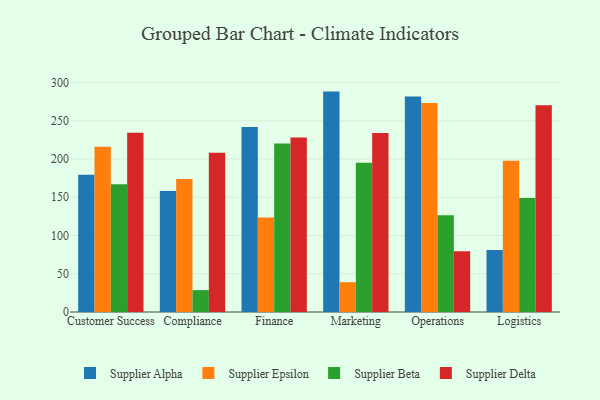
{"axis": {"x": "Department", "y": "Latency (ms)"}, "legend": ["Supplier Alpha", "Supplier Beta", "Supplier Delta", "Supplier Epsilon"], "data": [{"x": "Customer Success", "y": 179.5, "type": "Supplier Alpha"}, {"x": "Customer Success", "y": 216.2, "type": "Supplier Epsilon"}, {"x": "Customer Success", "y": 167.1, "type": "Supplier Beta"}, {"x": "Customer Success", "y": 234.3, "type": "Supplier Delta"}, {"x": "Compliance", "y": 158.3, "type": "Supplier Alpha"}, {"x": "Compliance", "y": 174.0, "type": "Supplier Epsilon"}, {"x": "Compliance", "y": 28.6, "type": "Supplier Beta"}, {"x": "Compliance", "y": 208.1, "type": "Supplier Delta"}, {"x": "Finance", "y": 241.9, "type": "Supplier Alpha"}, {"x": "Finance", "y": 123.5, "type": "Supplier Epsilon"}, {"x": "Finance", "y": 220.4, "type": "Supplier Beta"}, {"x": "Finance", "y": 228.2, "type": "Supplier Delta"}, {"x": "Marketing", "y": 288.2, "type": "Supplier Alpha"}, {"x": "Marketing", "y": 39.0, "type": "Supplier Epsilon"}, {"x": "Marketing", "y": 195.0, "type": "Supplier Beta"}, {"x": "Marketing", "y": 234.1, "type": "Supplier Delta"}, {"x": "Operations", "y": 281.7, "type": "Supplier Alpha"}, {"x": "Operations", "y": 273.3, "type": "Supplier Epsilon"}, {"x": "Operations", "y": 126.5, "type": "Supplier Beta"}, {"x": "Operations", "y": 79.4, "type": "Supplier Delta"}, {"x": "Logistics", "y": 81.1, "type": "Supplier Alpha"}, {"x": "Logistics", "y": 197.9, "type": "Supplier Epsilon"}, {"x": "Logistics", "y": 149.1, "type": "Supplier Beta"}, {"x": "Logistics", "y": 270.3, "type": "Supplier Delta"}]}